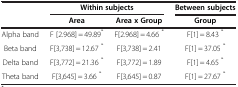
<table><thead><tr><td rowspan="2"><b> </b></td><td colspan="2"><b>Within subjects</b></td><td><b>Between subjects</b></td></tr><tr><td><b>Area</b></td><td><b>Area x Group</b></td><td><b>Group</b></td></tr></thead><tbody><tr><td>Alpha band</td><td>F [2.968] = 49.89<sup>*</sup></td><td>F[2.968] = 4.66 <sup>*</sup></td><td>F[1] = 8.43 <sup>*</sup></td></tr><tr><td>Beta band</td><td>F[3,738] = 12.67 <sup>*</sup></td><td>F[3,738] = 2.41</td><td>F[1] = 37.05 <sup>*</sup></td></tr><tr><td>Delta band</td><td>F[3,772] = 21.36 <sup>*</sup></td><td>F[3,772] = 1.89</td><td>F[1] = 4.65 <sup>*</sup></td></tr><tr><td>Theta band</td><td>F[3,645] = 3.66 <sup>*</sup></td><td>F[3,645] = 0.87</td><td>F[1] = 27.67 <sup>*</sup></td></tr></tbody></table>